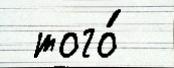
 того́